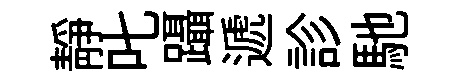
静叱躡遞診馳